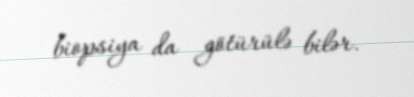
biopsiya da götürülə bilər.